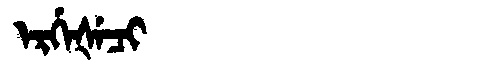
Manchu: ᡝᡵᡤᡝᡧᡝᠴᡳ
Romanization: ERGEŠECI